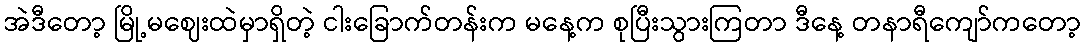
အဲဒီတော့ မြို့မဈေးထဲမှာရှိတဲ့ ငါးခြောက်တန်းက မနေ့က စုပြီးသွားကြတာ ဒီနေ့ တနာရီကျော်ကတော့